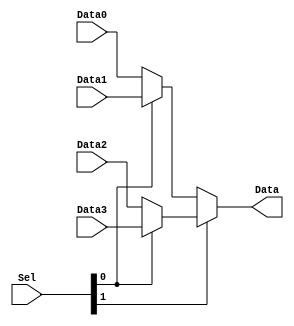
module Mux4_1(
input [31:0] Data0,Data1,Data2,Data3,
input [1:0] Sel,
output [31:0]Data
);

assign Data = (Sel[1] == 1'b0)?((Sel[0] == 1'b0)?(Data0):(Data1)):((Sel[0] == 1'b0)?(Data2):(Data3));

endmodule


module MIPS_Shifter(
input[31:0]  Data_in,
input [4:0] Count,
input [1:0] Sel,
output [31:0]Data_out
);

wire[31:0] ShiftData0,ShiftData1,ShiftData2,ShiftData3;
wire[1:0] Select;
wire HighBit;

assign HighBit = (Sel[1] == 1'b1)?(Data_in[31]):(1'b0);
assign Select[1] = Sel[1]|Sel[0];
assign Select[0] = ~(Sel[1]^Sel[0]);

Mux4_1 Mux1(Data_in,{Data_in[30:0],1'b0},{HighBit,Data_in[31:1]},{Data_in[0],Data_in[31:1]},{Select[1]&Count[0],Select[0]&Count[0]},ShiftData0);
Mux4_1 Mux2(ShiftData0,{ShiftData0[29:0],2'b0},{HighBit,HighBit,ShiftData0[31:2]},{ShiftData0[1:0],ShiftData0[31:2]},{Select[1]&Count[1],Select[0]&Count[1]},ShiftData1);
Mux4_1 Mux3(ShiftData1,{ShiftData1[27:0],4'b0},{{4{HighBit}},ShiftData1[31:4]},{ShiftData1[3:0],ShiftData1[31:4]},{Select[1]&Count[2],Select[0]&Count[2]},ShiftData2);
Mux4_1 Mux4(ShiftData2,{ShiftData2[23:0],8'b0},{{8{HighBit}},ShiftData2[31:8]},{ShiftData2[7:0],ShiftData2[31:8]},{Select[1]&Count[3],Select[0]&Count[3]},ShiftData3);
Mux4_1 Mux5(ShiftData3,{ShiftData3[15:0],16'b0},{{16{HighBit}},ShiftData3[31:16]},{ShiftData3[15:0],ShiftData3[31:16]},{Select[1]&Count[4],Select[0]&Count[4]},Data_out);
endmodule